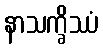
နာသက္ခိဿံ